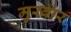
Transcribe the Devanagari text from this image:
मुरवार